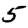
Digit: 5